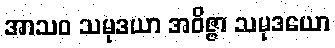
အာသဝ သမုဒယာ အဝိဇ္ဇာ သမုဒယော